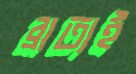
ব্রাত্যই